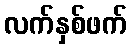
လက်နှစ်ဖက်